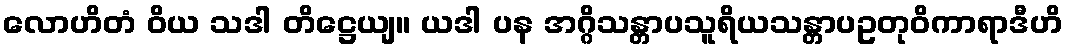
လောဟိတံ ဝိယ သဒါ တိဋ္ဌေယျ။ ယဒါ ပန အဂ္ဂိသန္တာပသူရိယသန္တာပဥတုဝိကာရာဒီဟိ